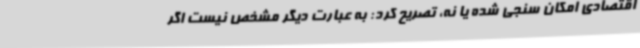
اقتصادی امکان سنجی شده یا نه، تصریح کرد: به عبارت دیگر مشخص نیست اگر